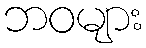
ဘဝများ